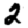
Digit: 2